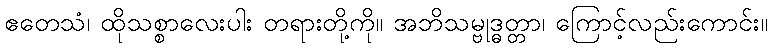
ဧတေသံ၊ ထိုသစ္စာလေးပါး တရားတို့ကို။ အဘိသမ္ဗုဒ္ဓတ္တာ၊ ကြောင့်လည်းကောင်း။